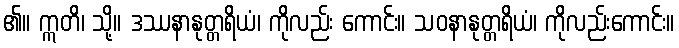
၏။ ဣတိ၊ သို့။ ဒဿနာနုတ္တရိယံ၊ ကိုလည်း ကောင်း။ သဝနာနုတ္တရိယံ၊ ကိုလည်းကောင်း။